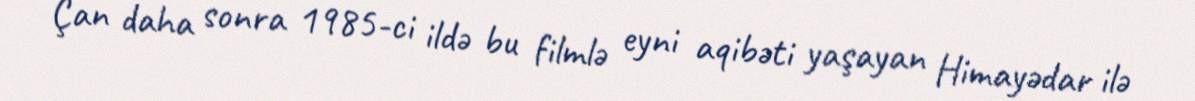
Çan daha sonra 1985-ci ildə bu filmlə eyni aqibəti yaşayan Himayədar ilə